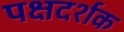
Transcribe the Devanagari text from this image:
पक्षदर्शक